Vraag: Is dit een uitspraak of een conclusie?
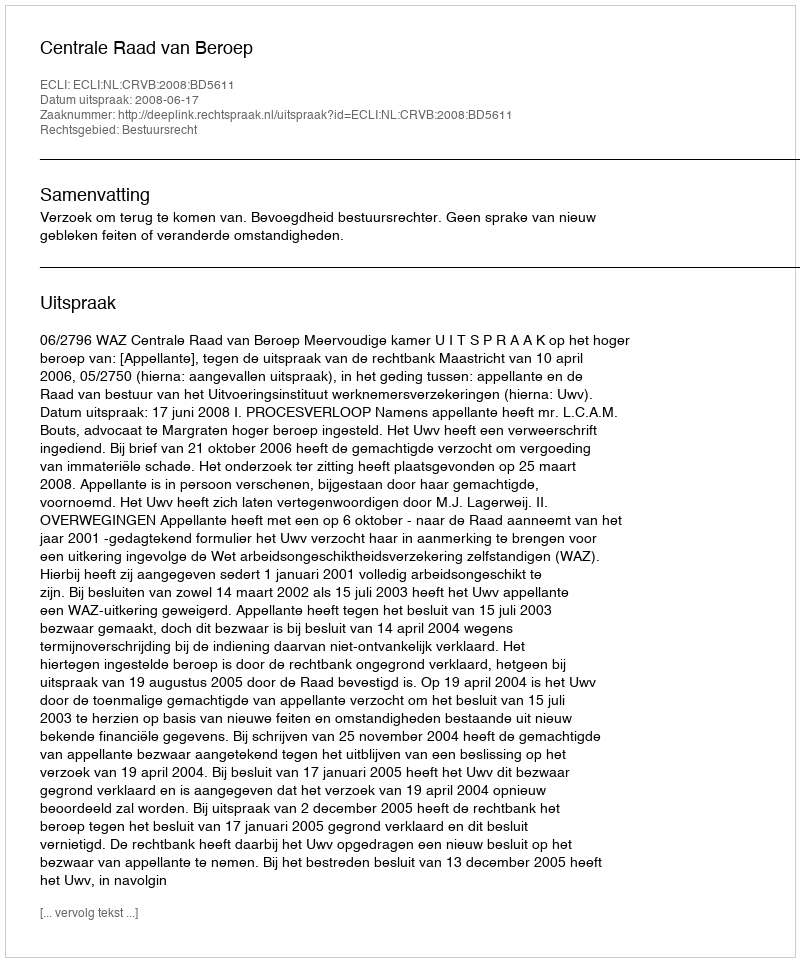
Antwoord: Uitspraak